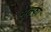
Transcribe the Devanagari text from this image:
मुल्फा